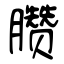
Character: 臜